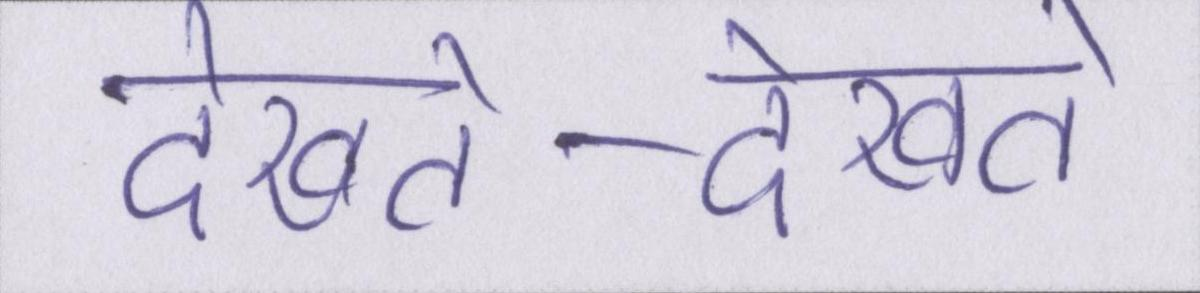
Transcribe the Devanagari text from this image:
देखते-देखते